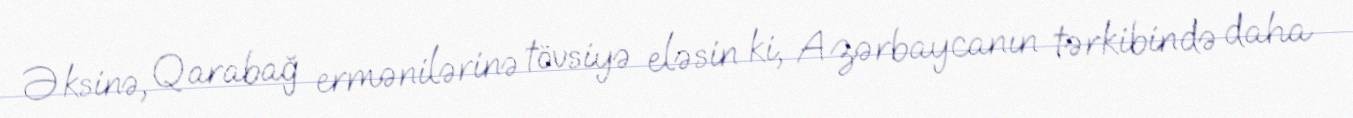
Əksinə, Qarabağ ermənilərinə tövsiyə eləsin ki, Azərbaycanın tərkibində daha